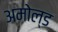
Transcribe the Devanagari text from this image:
अमोल्ड